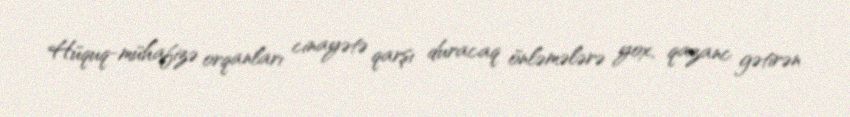
Hüquq-mühafizə orqanları cinayətə qarşı duracaq önləmələrə yox, qazanc gətirən